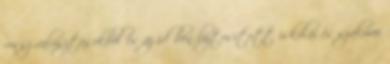
rossz választásokból és az időben biztosított iskolai és szakmai